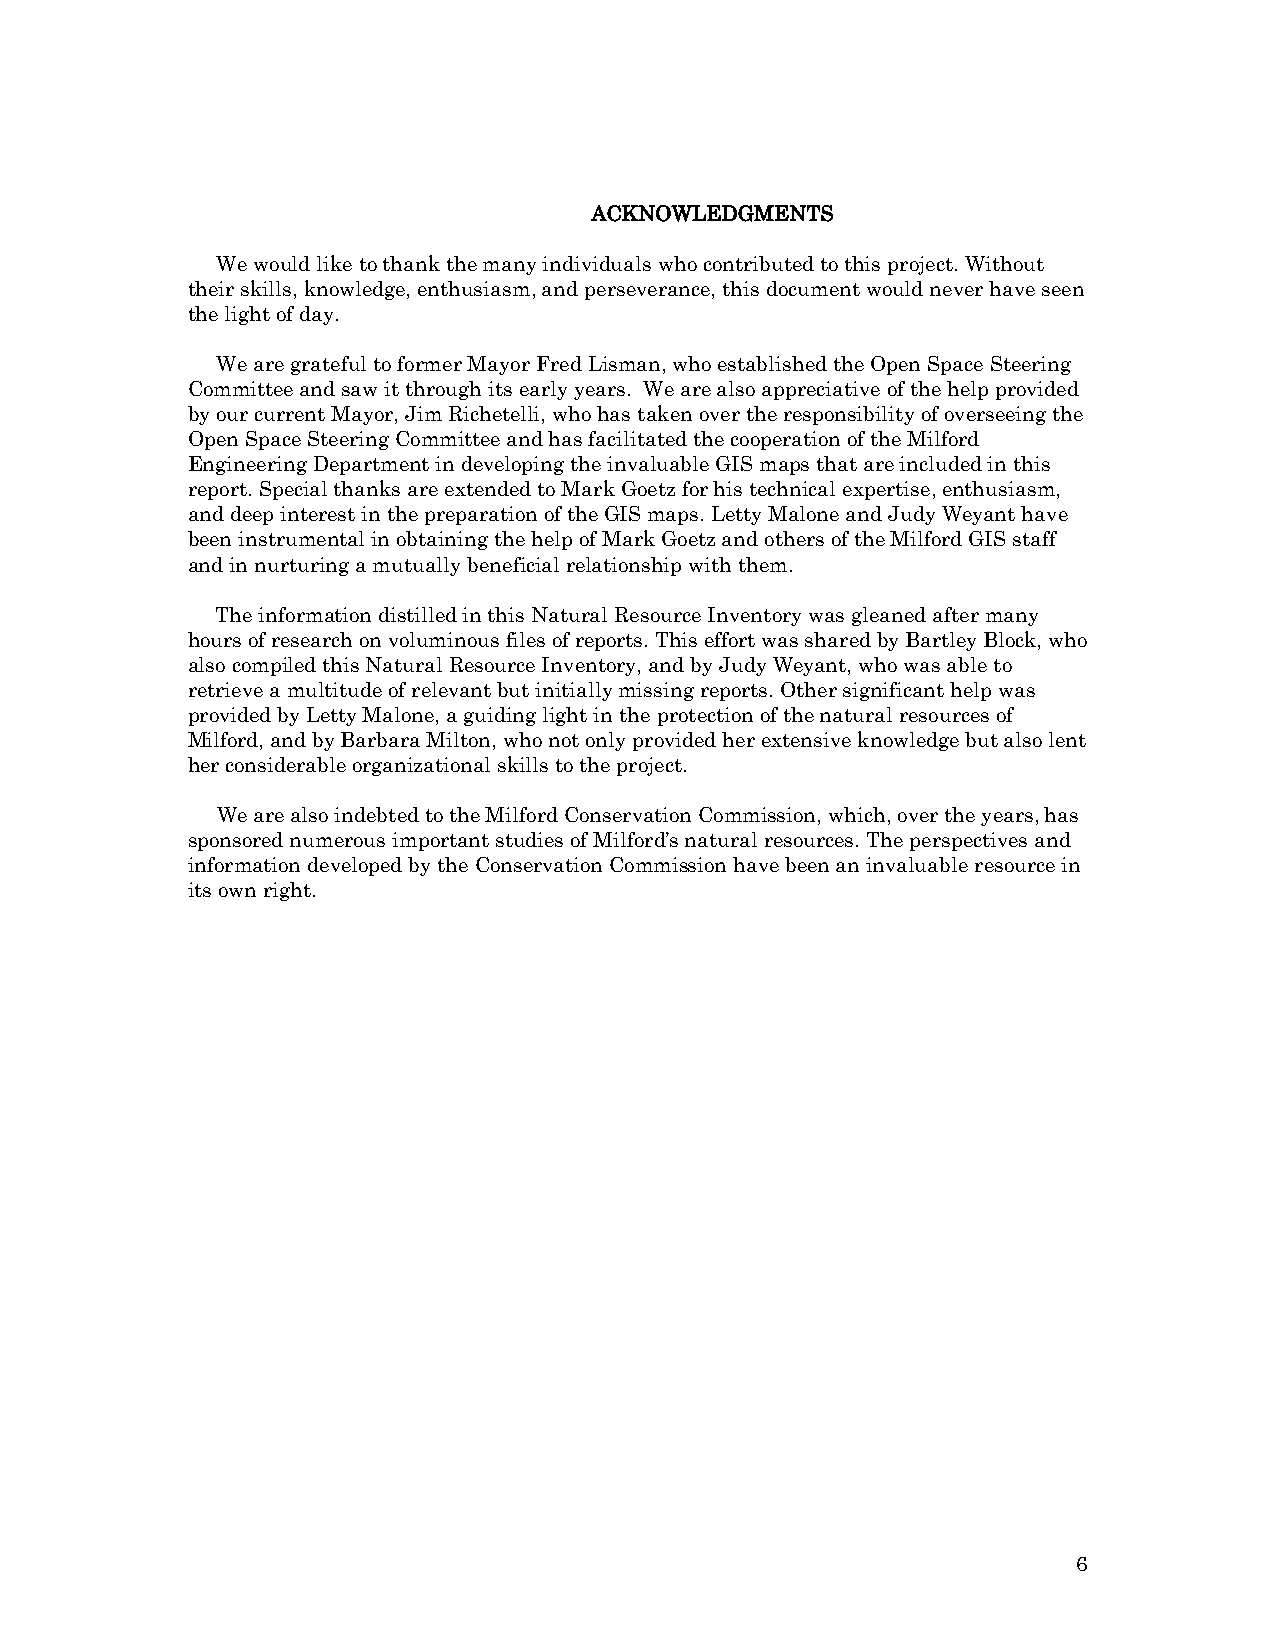
ACKNOWLEDGMENTS
 We would like to thank the many individuals who contributed to this project. Without
 their skills, knowledge, enthusiasm, and perseverance, this document would never have seen
 the light of day.
 We are grateful to former Mayor Fred Lisman, who established the Open Space Steering
 Committee and saw it through its early years. We are also appreciative of the help provided
 by our current Mayor, Jim Richetelli, who has taken over the responsibility of overseeing the
 Open Space Steering Committee and has facilitated the cooperation of the Milford
 Engineering Department in developing the invaluable GIS maps that are included in this
 report. Special thanks are extended to Mark Goetz for his technical expertise, enthusiasm,
 and deep interest in the preparation of the GIS maps. Letty Malone and Judy Weyant have
 been instrumental in obtaining the help of Mark Goetz and others of the Milford GIS staff
 and in nurturing a mutually beneficial relationship with them.
 The information distilled in this Natural Resource Inventory was gleaned after many
 hours of research on voluminous files of reports. This effort was shared by Bartley Block, who
 also compiled this Natural Resource Inventory, and by Judy Weyant, who was able to
 retrieve a multitude of relevant but initially missing reports. Other significant help was
 provided by Letty Malone, a guiding light in the protection of the natural resources of
 Milford, and by Barbara Milton, who not only provided her extensive knowledge but also lent
 her considerable organizational skills to the project.
 We are also indebted to the Milford Conservation Commission, which, over the years, has
 sponsored numerous important studies of Milford’s natural resources. The perspectives and
 information developed by the Conservation Commission have been an invaluable resource in
 its own right.
 6